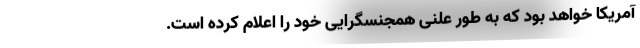
آمریکا خواهد بود که به طور علنی همجنسگرایی خود را اعلام کرده است.